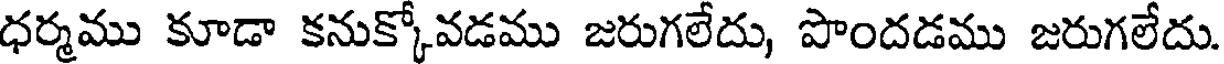
ధర్మము కూడా కనుక్కోవడము జరుగలేదు, పొందడము జరుగలేదు